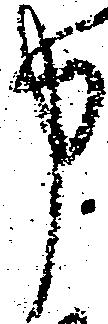
申